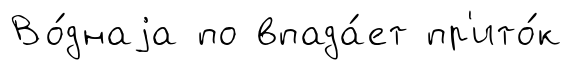
Во́днаjа по впада́ет пр'ито́к